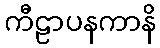
ကီဠာပနကာနိ